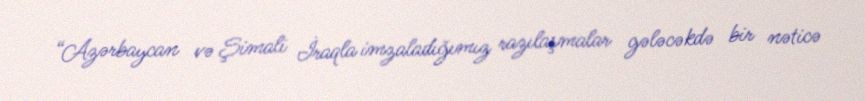
“Azərbaycan və Şimali İraqla imzaladığımız razılaşmalar gələcəkdə bir nəticə